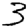
Digit: 3